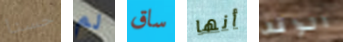
حسنا لم ساق أنها الواقف